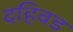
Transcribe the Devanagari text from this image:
दहिवड